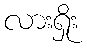
လားရှိုး